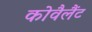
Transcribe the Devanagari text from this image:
कोवैलैंट